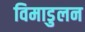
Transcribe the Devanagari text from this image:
विमाडुलन